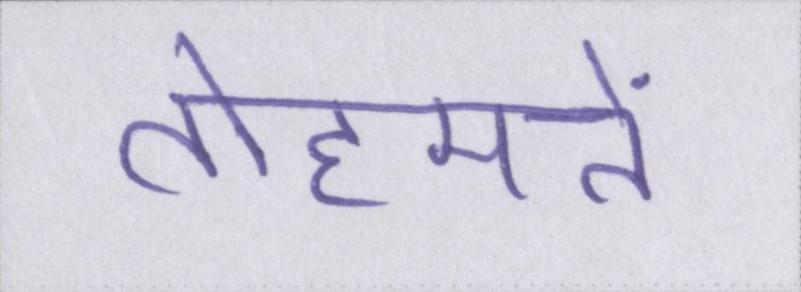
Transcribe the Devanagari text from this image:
तोहमतें